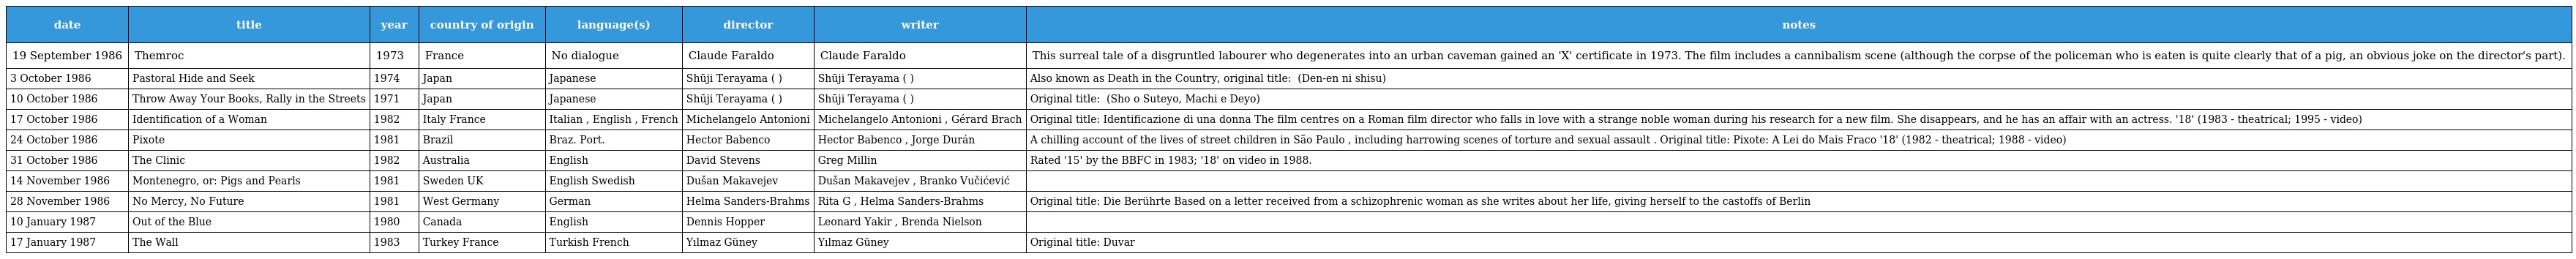
| date | title | year | country of origin | language(s) | director | writer | notes |
 | --- | --- | --- | --- | --- | --- | --- | --- |
 | 19 September 1986 | Themroc | 1973 | France | No dialogue | Claude Faraldo | Claude Faraldo | This surreal tale of a disgruntled labourer who degenerates into an urban caveman gained an 'X' certificate in 1973. The film includes a cannibalism scene (although the corpse of the policeman who is eaten is quite clearly that of a pig, an obvious joke on the director's part). |
 | 3 October 1986 | Pastoral Hide and Seek | 1974 | Japan | Japanese | Shūji Terayama (寺山 修司) | Shūji Terayama (寺山 修司) | Also known as Death in the Country, original title: 田園に死す (Den-en ni shisu) |
 | 10 October 1986 | Throw Away Your Books, Rally in the Streets | 1971 | Japan | Japanese | Shūji Terayama (寺山 修司) | Shūji Terayama (寺山 修司) | Original title: 書を捨てよ町へ出よう (Sho o Suteyo, Machi e Deyo) |
 | 17 October 1986 | Identification of a Woman | 1982 | Italy France | Italian , English , French | Michelangelo Antonioni | Michelangelo Antonioni , Gérard Brach | Original title: Identificazione di una donna The film centres on a Roman film director who falls in love with a strange noble woman during his research for a new film. She disappears, and he has an affair with an actress. '18' (1983 - theatrical; 1995 - video) |
 | 24 October 1986 | Pixote | 1981 | Brazil | Braz. Port. | Hector Babenco | Hector Babenco , Jorge Durán | A chilling account of the lives of street children in São Paulo , including harrowing scenes of torture and sexual assault . Original title: Pixote: A Lei do Mais Fraco '18' (1982 - theatrical; 1988 - video) |
 | 31 October 1986 | The Clinic | 1982 | Australia | English | David Stevens | Greg Millin | Rated '15' by the BBFC in 1983; '18' on video in 1988. |
 | 14 November 1986 | Montenegro, or: Pigs and Pearls | 1981 | Sweden UK | English Swedish | Dušan Makavejev | Dušan Makavejev , Branko Vučićević |  |
 | 28 November 1986 | No Mercy, No Future | 1981 | West Germany | German | Helma Sanders-Brahms | Rita G , Helma Sanders-Brahms | Original title: Die Berührte Based on a letter received from a schizophrenic woman as she writes about her life, giving herself to the castoffs of Berlin |
 | 10 January 1987 | Out of the Blue | 1980 | Canada | English | Dennis Hopper | Leonard Yakir , Brenda Nielson |  |
 | 17 January 1987 | The Wall | 1983 | Turkey France | Turkish French | Yılmaz Güney | Yılmaz Güney | Original title: Duvar |